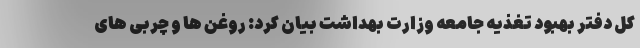
کل دفتر بهبود تغذیه جامعه وزارت بهداشت بیان کرد: روغن ها و چربی های